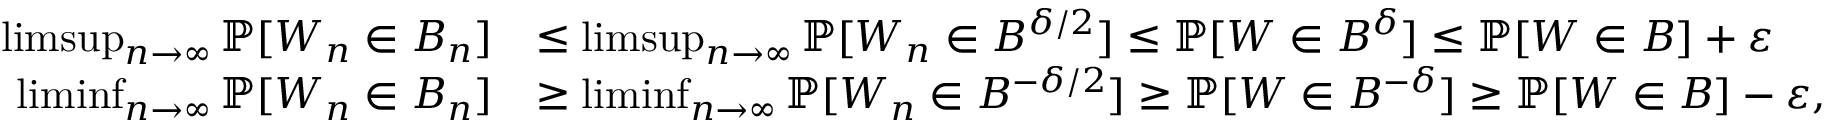
\begin{array} { r l } { \operatorname* { l i m s u p } _ { n \rightarrow \infty } \mathbb { P } [ W _ { n } \in B _ { n } ] } & { \leq \operatorname* { l i m s u p } _ { n \rightarrow \infty } \mathbb { P } [ W _ { n } \in B ^ { \delta / 2 } ] \leq \mathbb { P } [ W \in B ^ { \delta } ] \leq \mathbb { P } [ W \in B ] + \varepsilon } \\ { \operatorname* { l i m i n f } _ { n \rightarrow \infty } \mathbb { P } [ W _ { n } \in B _ { n } ] } & { \geq \operatorname* { l i m i n f } _ { n \rightarrow \infty } \mathbb { P } [ W _ { n } \in B ^ { - \delta / 2 } ] \geq \mathbb { P } [ W \in B ^ { - \delta } ] \geq \mathbb { P } [ W \in B ] - \varepsilon , } \end{array}